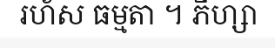
រហ័ស ធម្មតា ។ ភីហ្សា